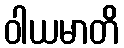
ဝါယမာတိ